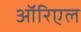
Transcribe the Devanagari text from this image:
ऑरिएल